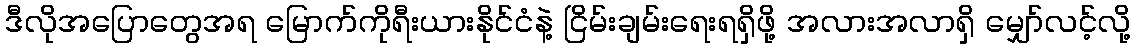
ဒီလိုအပြောတွေအရ မြောက်ကိုရီးယားနိုင်ငံနဲ့ ငြိမ်းချမ်းရေးရရှိဖို့ အလားအလာရှိ မျှော်လင့်လို့